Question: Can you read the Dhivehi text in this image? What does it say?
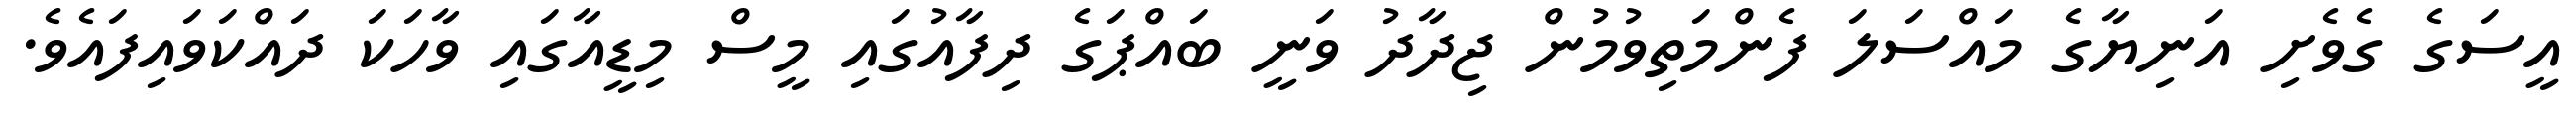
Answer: އީސަގެ ގެވެށި އަނިޔާގެ މައްސަލަ ފެންމަތިވުމުން ޖިދާދު ވަނީ ބައްޕަގެ ދިފާއުގައި މީސް މިޑީއާގައި ވާހަކަ ދައްކަވައިފައެވެ.